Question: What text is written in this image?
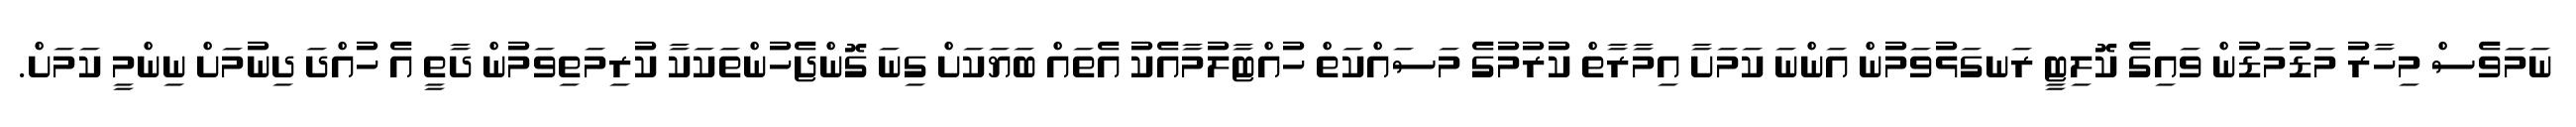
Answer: ނަމަވެސް މިހާރު މަޑުމަޑުން ވައިގެ ކޮލިޓީ ރަނގަޅުވަމުން އަންނަ ކަމަށާ އިމާރާތް ކުރުމުގެ މަސައްކަތް ހުއްޓާލުމާއެކު އެތައް ބަޔަކަށް ގިނަ ގޮންޖެހުންތަކަކާ ކުރިމަތިވަމުން ދާތީ އެ ހުއްދަ ދިނުމަށް ނިންމީ ކަމަށް.